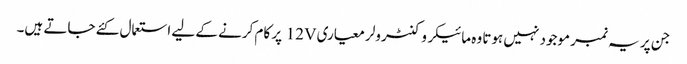
جن پر یہ نمبر موجود نہیں ہوتا وہ مائیکروکنٹرولر معیاری 12V پر کام کرنے کے لیے استعمال کئے جاتے ہیں۔